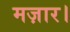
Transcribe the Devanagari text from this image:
मज़ार।